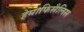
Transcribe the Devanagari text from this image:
हेमाफिसैलिस